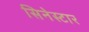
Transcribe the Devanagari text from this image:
सिनेस्टार